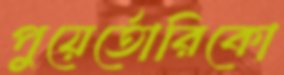
পুয়ের্তোরিকো